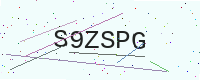
Text: S9ZSPG